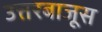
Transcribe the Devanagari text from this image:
उत्तरबाजूस